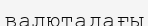
валютадағы